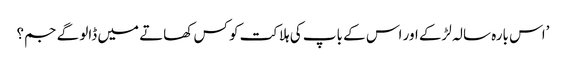
’اس بارہ سالہ لڑکے اور اس کے باپ کی ہلاکت کو کس کھاتے میں ڈالو گے جم؟